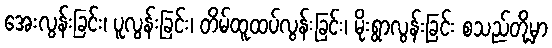
အေးလွန်းခြင်း၊ ပူလွန်းခြင်း၊ တိမ်ထူထပ်လွန်းခြင်း၊ မိုးရွာလွန်းခြင်း စသည်တို့မှာ